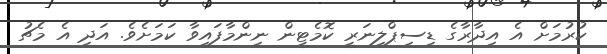
ކުރުމަށް އެ އިދާރާގެ ޑިސިޕްލިނަރީ ކޮމެޓީން ނިންމާފައިވާ ކަމަށެވެ. އަދި އެ މެޗު